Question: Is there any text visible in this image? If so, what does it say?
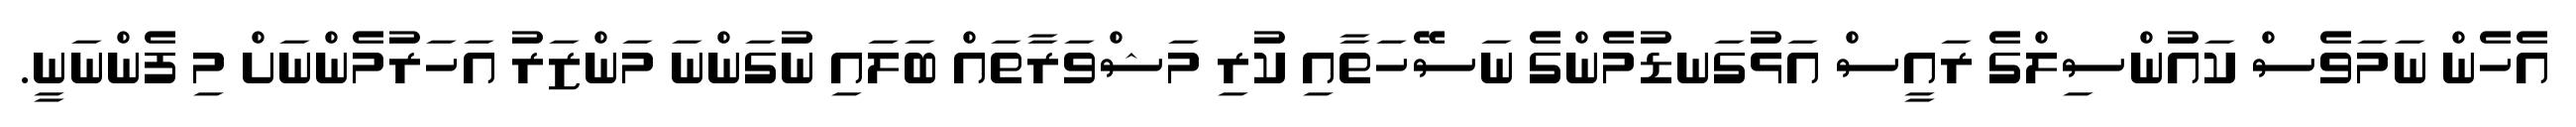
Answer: އެހެން ނަމަވެސް ކައުންސިލްގެ ރައީސް އަޅުގަނޑުމެންގެ ނަސޭހަތާއި ކުރި މަޝްވަރާތައް ބަލައި ނުގަންނަ މަންޒަރު އަހަރުމެންނަށް މި ފެންނަނީ.